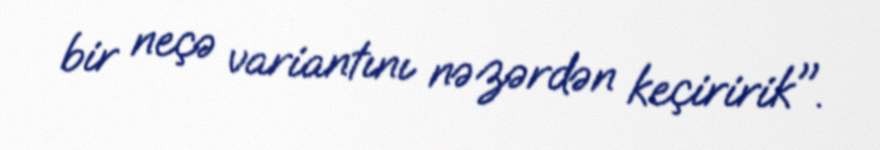
bir neçə variantını nəzərdən keçiririk".